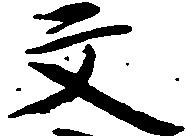
文